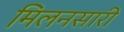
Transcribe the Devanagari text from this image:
मिलनसारी